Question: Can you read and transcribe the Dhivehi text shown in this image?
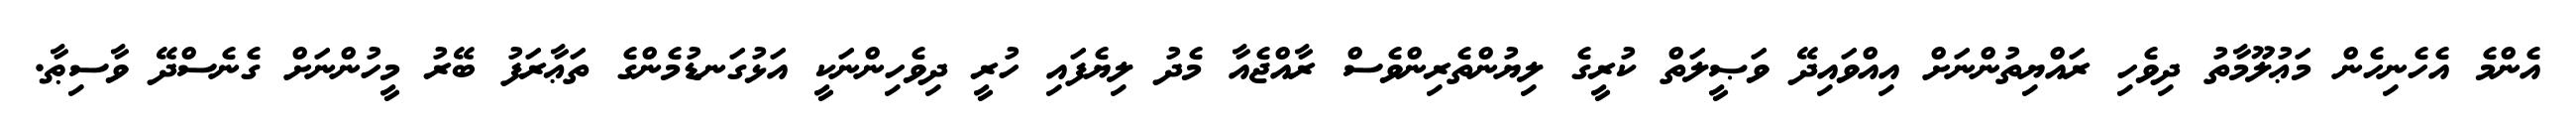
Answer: އެންމެ އެހެނިހެން މަޢުލޫމާތު ދިވެހި ރައްޔިތުންނަށް އިއްވައިދޭ ވަޞީލަތް ކުރީގެ ލިޔުންތެރިންވެސް ރާއްޖެއާ މެދު ލިޔެފައި ހުރީ ދިވެހިންނަކީ އަޅުގަނޑުމެންގެ ތަޢާރަފު ބޭރު މީހުންނަށް ގެނެސްދޭ ވާސިޠާ.